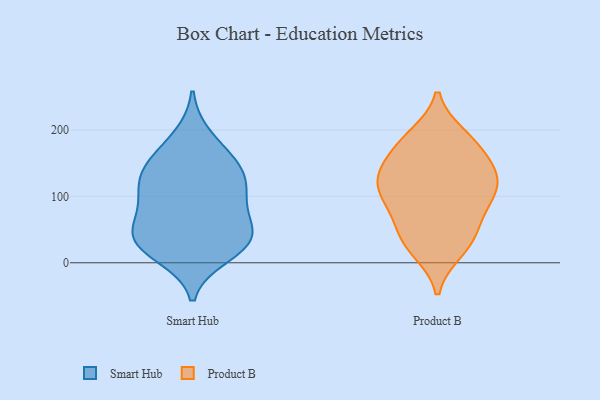
{"axis": {"x": "Latency (ms)", "y": "Value"}, "legend": ["Product B", "Smart Hub"], "data": [{"x": "", "y": 138, "type": "Smart Hub"}, {"x": "", "y": 41, "type": "Smart Hub"}, {"x": "", "y": 35, "type": "Smart Hub"}, {"x": "", "y": 122, "type": "Smart Hub"}, {"x": "", "y": 39, "type": "Smart Hub"}, {"x": "", "y": 86, "type": "Smart Hub"}, {"x": "", "y": 111, "type": "Smart Hub"}, {"x": "", "y": 189, "type": "Smart Hub"}, {"x": "", "y": 69, "type": "Smart Hub"}, {"x": "", "y": 106, "type": "Smart Hub"}, {"x": "", "y": 152, "type": "Smart Hub"}, {"x": "", "y": 37, "type": "Smart Hub"}, {"x": "", "y": 154, "type": "Smart Hub"}, {"x": "", "y": 12, "type": "Smart Hub"}, {"x": "", "y": 24, "type": "Smart Hub"}, {"x": "", "y": 47, "type": "Product B"}, {"x": "", "y": 139, "type": "Product B"}, {"x": "", "y": 163, "type": "Product B"}, {"x": "", "y": 102, "type": "Product B"}, {"x": "", "y": 187, "type": "Product B"}, {"x": "", "y": 17, "type": "Product B"}, {"x": "", "y": 187, "type": "Product B"}, {"x": "", "y": 107, "type": "Product B"}, {"x": "", "y": 139, "type": "Product B"}, {"x": "", "y": 192, "type": "Product B"}, {"x": "", "y": 19, "type": "Product B"}, {"x": "", "y": 130, "type": "Product B"}, {"x": "", "y": 159, "type": "Product B"}, {"x": "", "y": 35, "type": "Product B"}, {"x": "", "y": 120, "type": "Product B"}, {"x": "", "y": 51, "type": "Product B"}, {"x": "", "y": 122, "type": "Product B"}, {"x": "", "y": 100, "type": "Product B"}, {"x": "", "y": 74, "type": "Product B"}, {"x": "", "y": 84, "type": "Product B"}]}